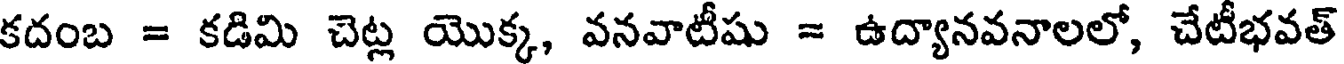
కదంబ = కడిమి చెట్ల యొక్క, వనవాటీషు = ఉద్యానవనాలలో, చేటీభవత్